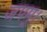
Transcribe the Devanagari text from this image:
जपम्‌।